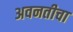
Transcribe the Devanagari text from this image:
अवनतीचा